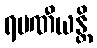
ရမဏီယန္တိ